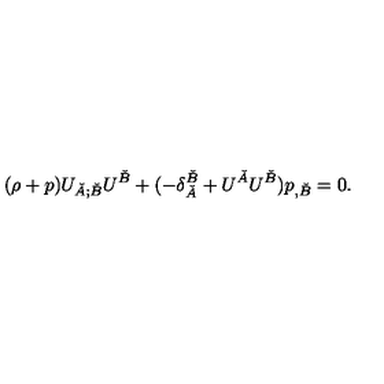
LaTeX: ( \rho + p ) U _ { \check { A } ; \check { B } } U ^ { \check { B } } + ( - \delta _ { \check { A } } ^ { \check { B } } + U ^ { \check { A } } U ^ { \check { B } } ) p _ { , \check { B } } = 0 .